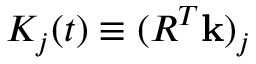
K _ { j } ( t ) \equiv ( R ^ { T } { \bf k } ) _ { j }